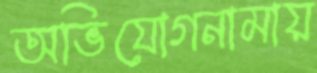
অভিযোগনামায়